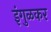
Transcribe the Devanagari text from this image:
इंगुळकर